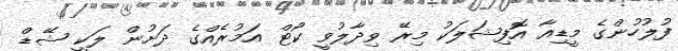
ފުލުހުންގެ މީޑިއާ އޮފިޝަލަކު މިރޭ ވިދާލުވީ ކޯޓް އަމުރެއްގެ ދަށުން ލަކީ ޝޭޑް